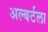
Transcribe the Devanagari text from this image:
अल्बर्टला